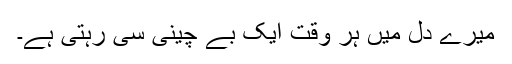
میرے دل میں ہر وقت ایک بے چینی سی رہتی ہے۔